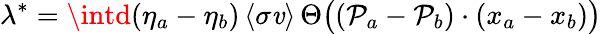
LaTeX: \lambda^{*}=\intd(\eta_{a}-\eta_{b})\, \langle\sigma\mathit{v}\rangle\, \Theta\bigl((\mathcal{P}_{a}-\mathcal{P}_{b})\cdot(x_{a}-x_{b})\bigr)